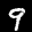
Label: 9